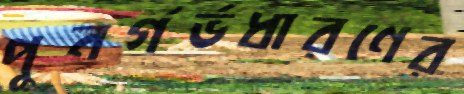
পুনর্গর্ভধারণের